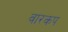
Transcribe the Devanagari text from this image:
वारकप